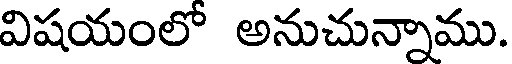
విషయంలో అనుచున్నాము.